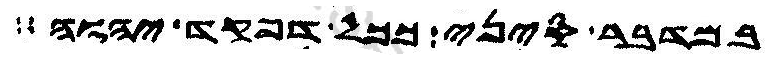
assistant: במדבר סיני ככל דפקד יהוה